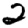
Digit: 2